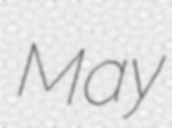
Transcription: May